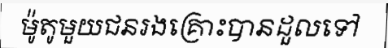
ម៉ូតូមួយជនរងគ្រោះបានដួលទៅ